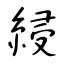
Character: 綅